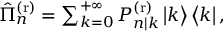
\begin{array} { r } { \hat { \Pi } _ { n } ^ { \mathrm { ( r ) } } = \sum _ { k = 0 } ^ { + \infty } P _ { n | k } ^ { \mathrm { ( r ) } } \left| k \right\rangle \left\langle k \right| , } \end{array}